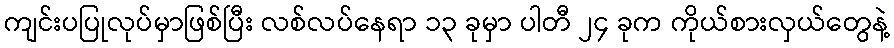
ကျင်းပပြုလုပ်မှာဖြစ်ပြီး လစ်လပ်နေရာ ၁၃ ခုမှာ ပါတီ ၂၄ ခုက ကိုယ်စားလှယ်တွေနဲ့